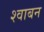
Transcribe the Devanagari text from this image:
श्वाबन